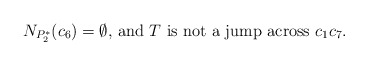
\begin{align*}\mbox{$N_{P_2^*}(c_6)=\emptyset$, and $T$ is not a jump across $c_1c_7$.}\end{align*}